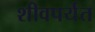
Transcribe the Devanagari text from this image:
शीवपर्यंत